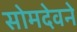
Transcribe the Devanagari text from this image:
सोमदेवने